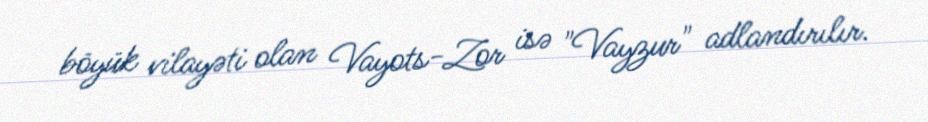
böyük vilayəti olan Vayots-Zor isə "Vayzur" adlandırılır.